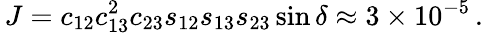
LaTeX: \, J=c_{12}c_{13}^{2}c_{23}s_{12}s_{13}s_{23}\sin\delta\approx 3\times 10^{-5}\, .